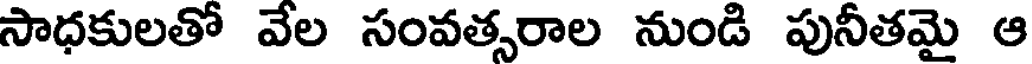
సాధకులతో వేల సంవత్సరాల నుండి పునీతమై ఆ